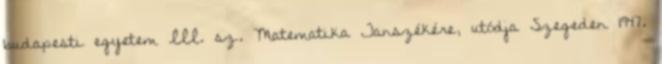
budapesti egyetem III. sz. Matematika Tanszékére, utódja Szegeden 1947.